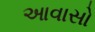
આવાસો